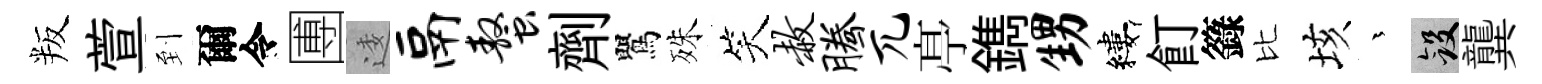
叛萱到爾令圑逶鬲螯劑鸎殊笑赦腾兀𠅘鐫甥縷飣籙比垓茫斂龔